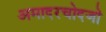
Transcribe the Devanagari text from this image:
अमादरचोदजो